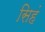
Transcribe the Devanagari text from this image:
सिहं